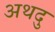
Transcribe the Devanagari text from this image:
अथदु